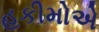
હકીમોએ